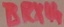
Text: BRX44